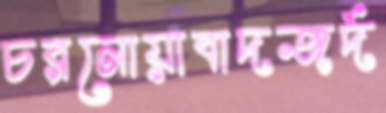
চরনোয়াবাদজর্দ